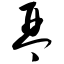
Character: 琴